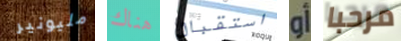
مليونير هناك استقبال أو مرحبا